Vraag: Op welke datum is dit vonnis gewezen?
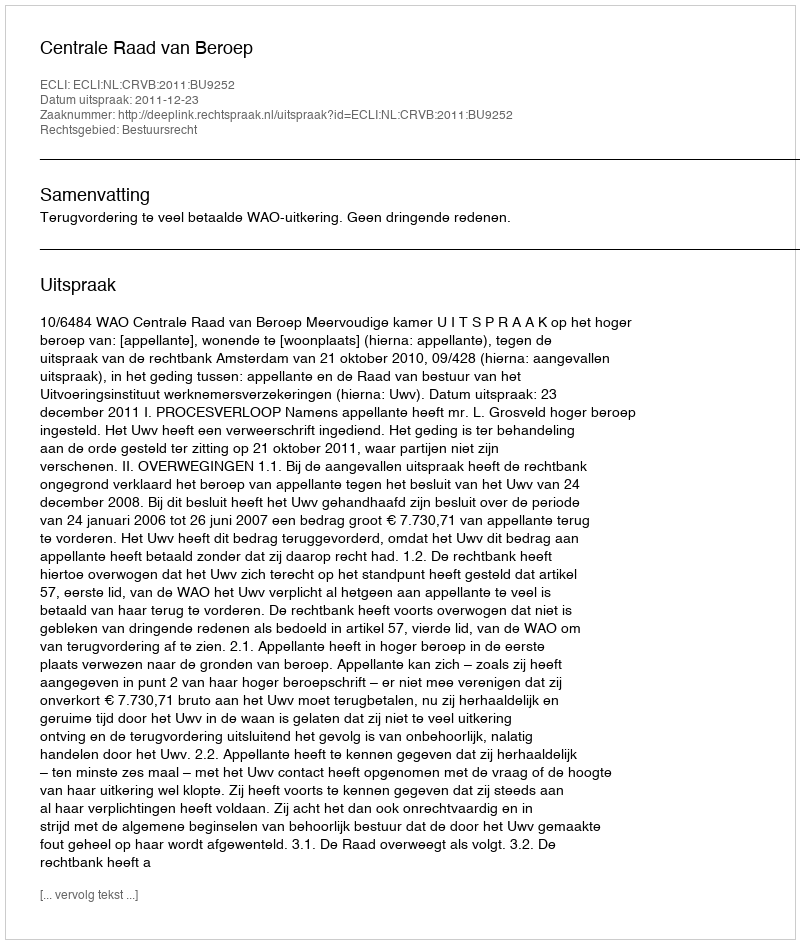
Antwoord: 2011-12-23